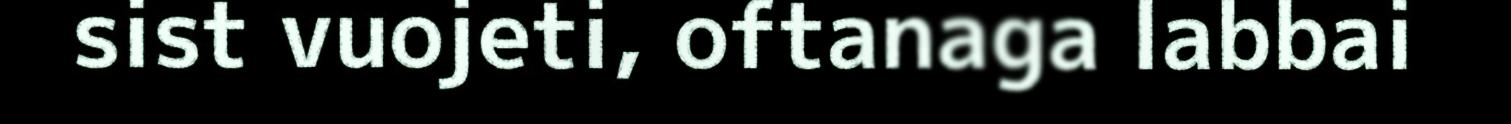
sist vuojeti, oftanaga labbai